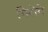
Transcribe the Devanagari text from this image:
गिरोगे